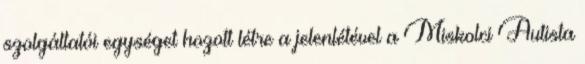
szolgáltatói egységet hozott létre a jelenlétével a Miskolci Autista